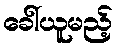
ခေါ်ယူမည့်